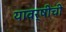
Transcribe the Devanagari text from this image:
यावर्षीची